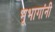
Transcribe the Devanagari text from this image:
भूभागांनी